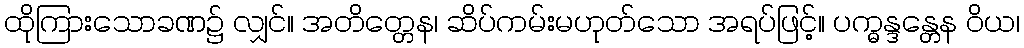
ထိုကြားသောခဏ၌ လျှင်။ အတိတ္တေန၊ ဆိပ်ကမ်းမဟုတ်သော အရပ်ဖြင့်။ ပက္ဓန္ဒန္တေန ဝိယ၊